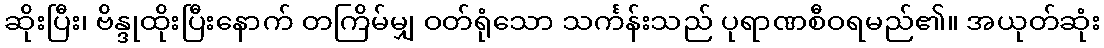
ဆိုးပြီး၊ ဗိန္ဒုထိုးပြီးနောက် တကြိမ်မျှ ဝတ်ရုံသော သင်္ကန်းသည် ပုရာဏစီဝရမည်၏။ အယုတ်ဆုံး